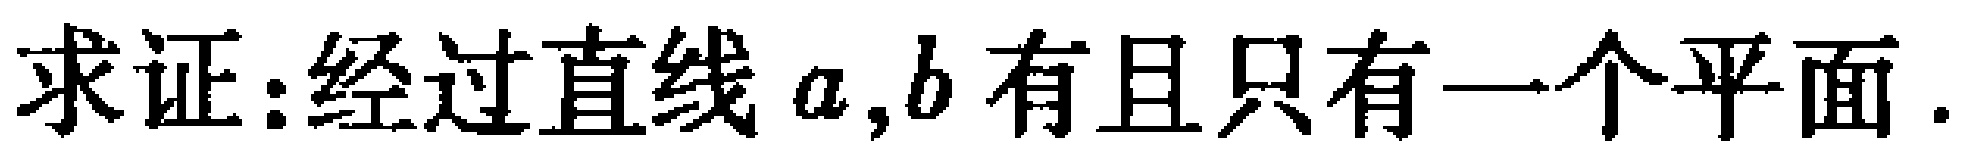
求证:经过直线\(a,b\)有且只有一个平面.